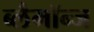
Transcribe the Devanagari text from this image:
ब्लैमॉन्ज